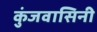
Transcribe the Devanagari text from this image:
कुंजवासिनी